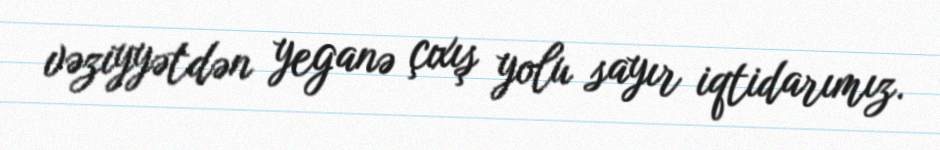
vəziyyətdən yeganə çıxış yolu sayır iqtidarımız.